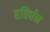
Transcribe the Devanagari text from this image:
हविर्धन